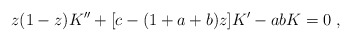
\begin{align*}z(1-z)K^{\prime \prime }+[c-(1+a+b)z]K^{\prime }-abK=0\;, \end{align*}